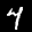
Label: 4